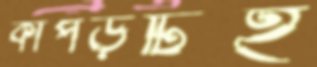
কাপড়টিই